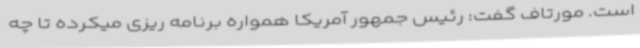
است. مورتاف گفت: رئیس جمهور آمریکا همواره برنامه ریزی میکرده تا چه